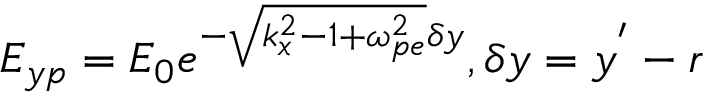
E _ { y p } = E _ { 0 } e ^ { - \sqrt { k _ { x } ^ { 2 } - 1 + \omega _ { p e } ^ { 2 } } \delta y } , \delta y = y ^ { ' } - r